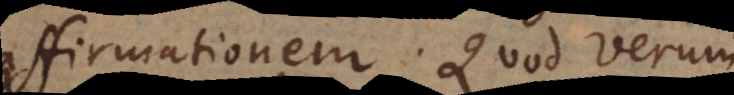
firmationem. Quod verum